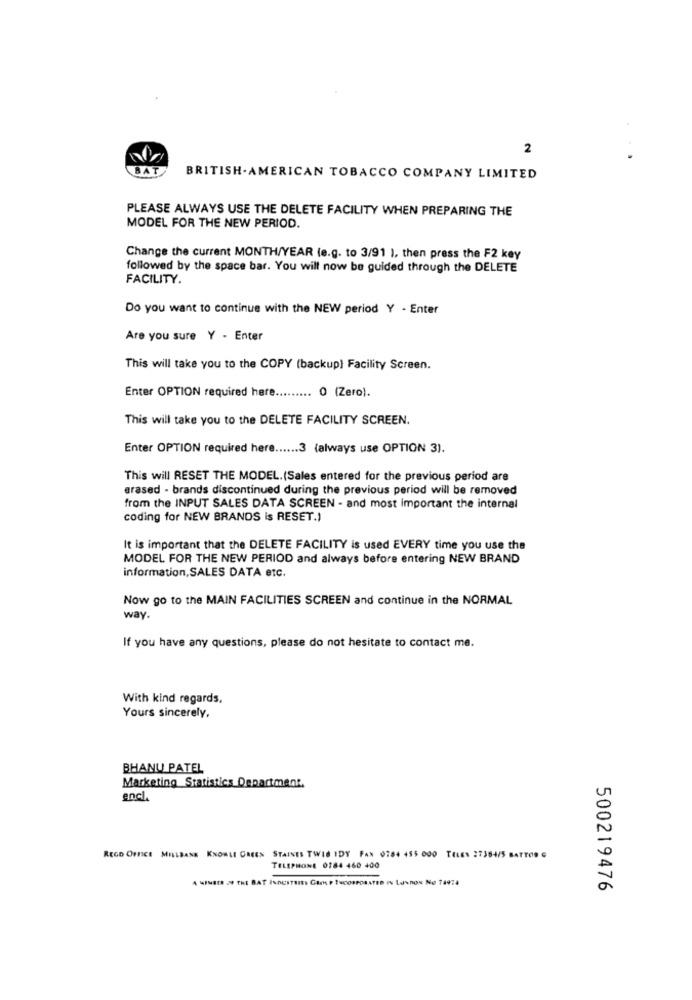
2
BAT
BRITISH- AMERICAN TOBACCO COMPANY LIMITED
PLEASE ALWAYS USE THE DELETE FACILITY WHEN PREPARING THE
MODEL FOR THE NEW PERIOD.
Change the current MONTH/YEAR (e.g. to 3/91 ), then press the F2 key
followed by the space bar. You will now be guided through the DELETE
FACILITY.
Do you want to continue with the NEW period Y - Enter
Are you sure Y - Enter
This will take you to the COPY (backup) Facility Screen.
Enter OPTION required here ......... 0 (Zero).
This will take you to the DELETE FACILITY SCREEN.
Enter OPTION required here ...... 3 (always use OPTION 3).
This will RESET THE MODEL. (Sales entered for the previous period are
erased - brands discontinued during the previous period will be removed
from the INPUT SALES DATA SCREEN - and most important the internal
coding for NEW BRANDS is RESET.)
It is important that the DELETE FACILITY is used EVERY time you use the
MODEL FOR THE NEW PERIOD and always before entering NEW BRAND
information,SALES DATA etc.
Now go to the MAIN FACILITIES SCREEN and continue in the NORMAL
way.
If you have any questions, please do not hesitate to contact me.
With kind regards,
Yours sincerely,
BHANU PATEL
Marketing Statistics Department.
encl.
0
REGO OFFICE MILLBANK KNOWLI CREEN STAINES TWIS IDY FAN 0764 455 000 TELEN 27384/5 BATTOR G
TELEPHONE 0184 460 400
A MINER > THE BAT INDUSTRIES GROEP INCORPORATED IN LONDON No 14974
a
500219476